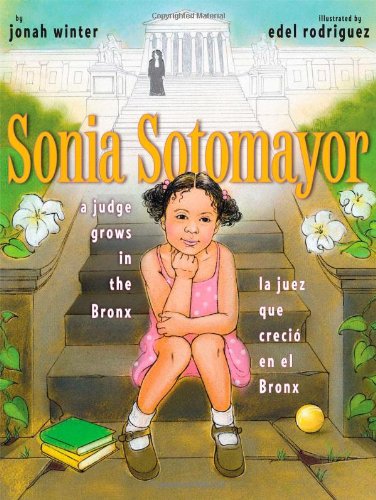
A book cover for Sonia Sotomayor: A Judge Grows in the Bronx / La juez que crecio en el Bronx (Spanish and English Edition); Jonah Winter; Children's Books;